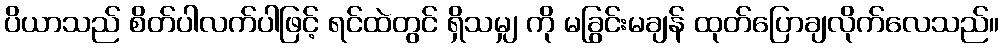
ပိယာသည် စိတ်ပါလက်ပါဖြင့် ရင်ထဲတွင် ရှိသမျှ ကို မခြွင်းမချန် ထုတ်ပြောချလိုက်လေသည်။